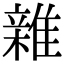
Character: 𮦀